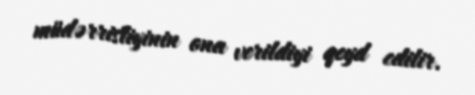
müdərrisliyinin ona verildiyi qeyd edilir.